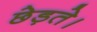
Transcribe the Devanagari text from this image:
छेड़ते।